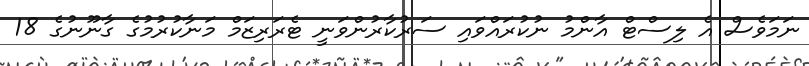
ނަމަވެސް އެ ލިސްޓް އާންމު ނުކުރައްވައި ސަރުކާރުންވަނީ ޓެރަރިޒަމް މަނާކުރުމުގެ ގާނޫނުގެ 18